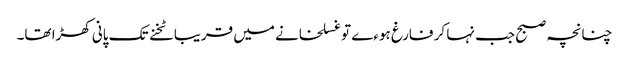
چنانچہ صبح جب نہا کر فارغ ہوءے تو غسلخانے میں قریبا ٹخنے تک پانی کھڑا تھا۔